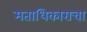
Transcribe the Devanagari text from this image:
मताधिकाराचा